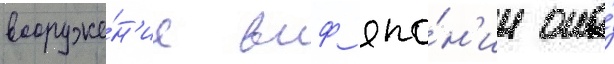
вооруже́н'ие вмф япо́н'ии она́